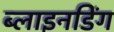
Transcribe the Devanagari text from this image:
ब्लाइनडिंग